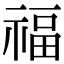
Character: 福